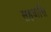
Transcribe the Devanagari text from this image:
सहवासि